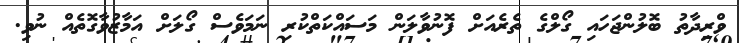
ވްރިދާތު ބޮލުންޖަހައި ގޯލްގެ ތެރެއަށް ފޮނުވާލަން މަސައްކަތްކުރި ނަމަވެސް ގޯލަށް އަމާޒުވާގޮތެއް ނުވި.